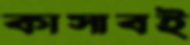
কাসাবই